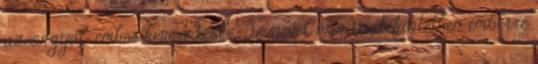
az angyal-ember keveredést. " de mivel minden tekintetben emberré